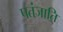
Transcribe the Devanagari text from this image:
पतंजाति